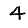
Digit: 4